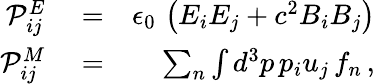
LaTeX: \begin{array}{rlr}{{\cal P}_{ij}^{E}}&{{}=}&{\epsilon_{0}\, \left(E_{i}E_{j}+c^{2}B_{i}B_{j}\right)}\\ {{\cal P}_{ij}^{M}}&{{}=}&{\sum_{n}\int d^{3}p\, p_{i}u_{j}\, f_{n}\, ,}\end{array}